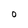
Character: o